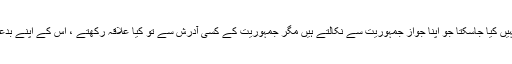
اجتماعی حیات کو بدعنوانوں کے اس ٹولے کے حوالے نہیں کیا جاسکتا جو اپنا جواز جمہوریت سے نکالتے ہیں مگر جمہوریت کے کسی آدرش سے تو کیا علاقہ رکھتے ، اس کے اپنے بدعنوان طریقۂ اظہار سے بھی کوئی مناسبت نہیں رکھتے۔